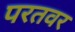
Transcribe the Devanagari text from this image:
परतवर